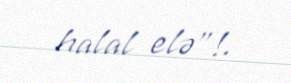
halal elə”!.